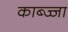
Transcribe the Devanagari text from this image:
काब्ज्जा